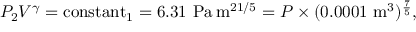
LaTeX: P _ { 2 } V ^ { \gamma } = \operatorname { c o n s t a n t } _ { 1 } = 6 . 3 1 ~ { \mathrm { P a } } \, { \mathrm { m } } ^ { 2 1 / 5 } = P \times ( 0 . 0 0 0 1 ~ { \mathrm { m } } ^ { 3 } ) ^ { \frac { 7 } { 5 } } ,